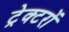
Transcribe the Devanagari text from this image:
ट्रेक्टरों